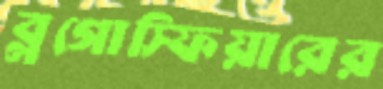
ব্লগোস্ফিয়ারের